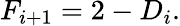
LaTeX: F_{i+1}=2-D_{i}.